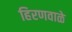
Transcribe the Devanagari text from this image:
हिरणवाळे